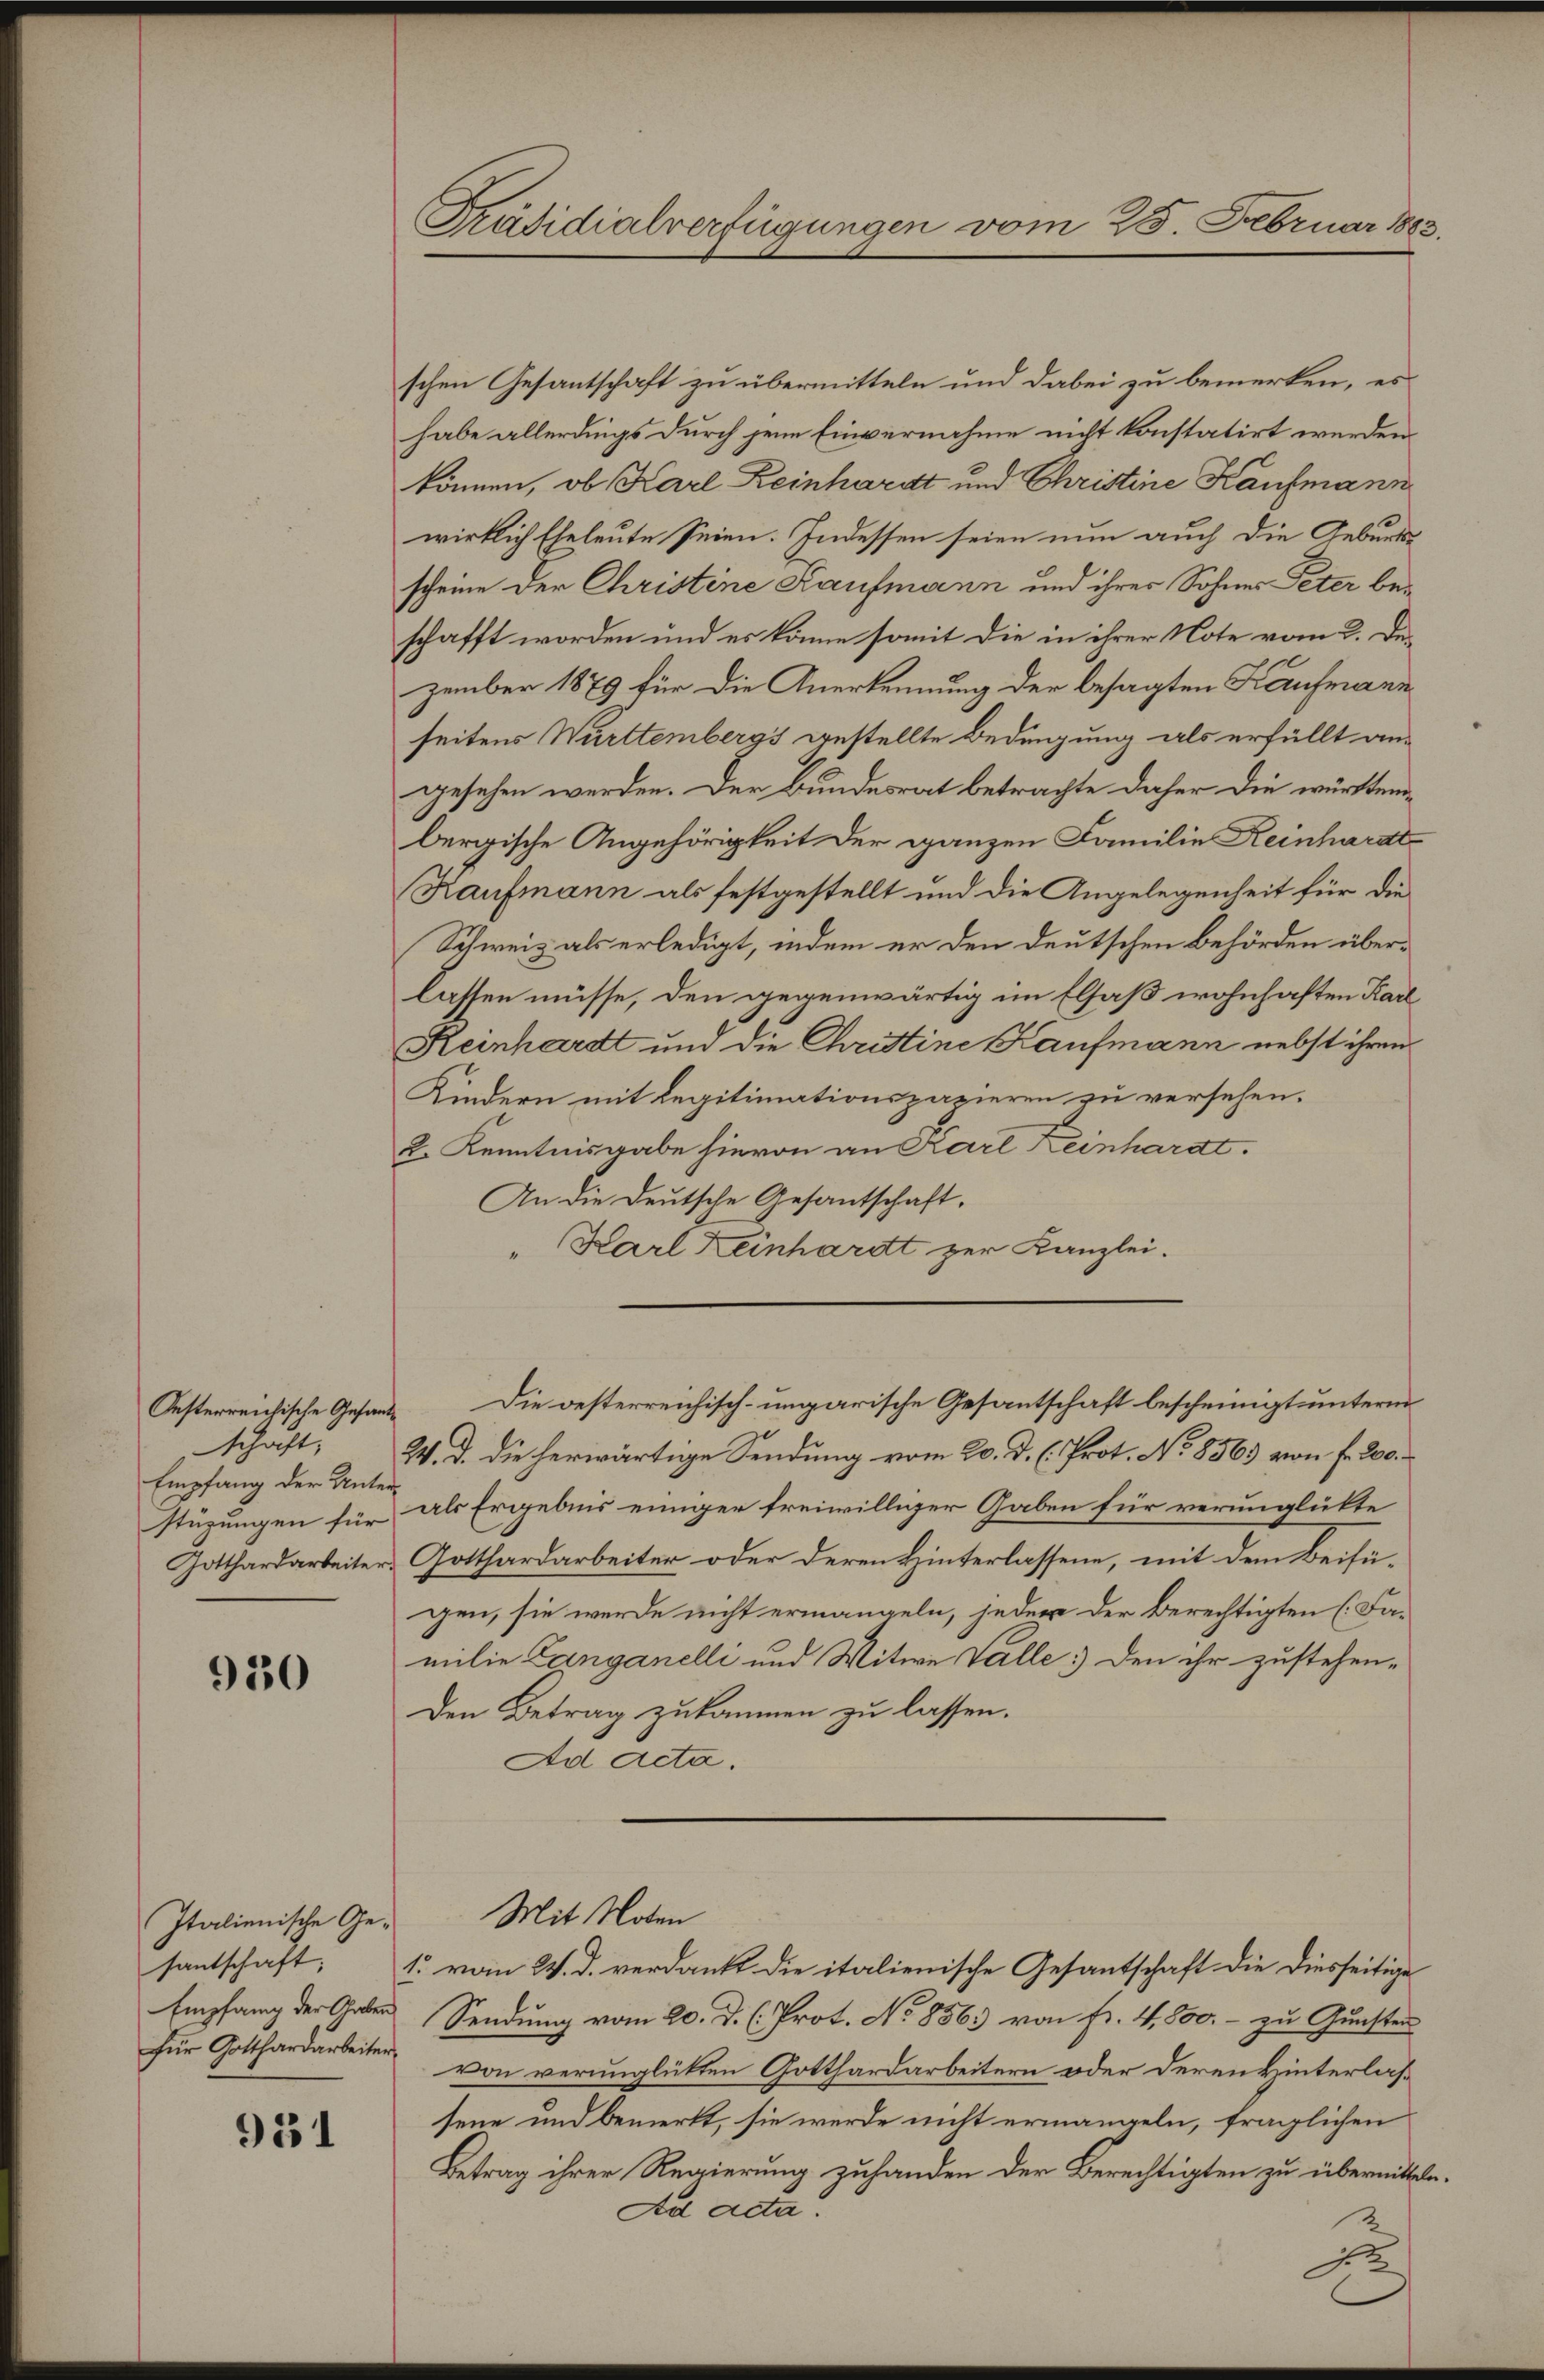
schaft,
Empfang der Unter¬
Gotthardarbeiter.

930

Italienische Ge¬
Empfang der Gaben

931

Präsidialverfügungen vom 25. Februar 1883.

schen Gesantschaft zu übermitteln und dabei zu bemerken, es
habe allerdings durch jene Einvernahme nicht konstatirt werden.
können, ob Karl Reinhardt und Christine Kaufmann
wirklich Eheleute Seien. Indessen seien nun auch die Geburtsscheine der Christine Kaufmann und ihrer Sohnes Peter beschafft worden und es könne somit die in ihrer Note vom 2. Dezember 1879 für die Anerkennung der besagten Kaufmann
seitens Württembergs gestellte Bedingung als erfüllt angesehen werden. Der Bundesrat betrachte daher die württembergische Angehörigkeit der ganzen Familie Reinhardt
Kaufmann als festgestellt und die Angelegenheit für die
Schweiz als erledigt, indem er den deutschen Behörden überlassen müsse, den gegenwärtig im Elsaß wohnhaften Karl
Reinhardt und die Christine Kaufmann nebst ihren
Kindern mit Legitimationspapieren zu versehen.
2. Kenntnisgabe hievon an Karl Keinhardt.
An die Deutsche Gesantschaft.
" Karl Keinhardt zur Kanzlei.
Oesterreichische Gesand Die oesterreichisch-ungarische Gesantschaft bescheinigt unterm
2. d. die herwärtige Sendung vom 20. d. C. Prot. No 8563 von fr. 200.
stüzungen für als Ergebnis einiger freiwilliger Gaben für verunglükte
Gotthardarbeiter oder deren Hinterlassene, mit dem Beifügen, sie werde nicht ermangeln, jeder der Berechtigten (Familie Langanelli und Witwe Valle) den ihr zustehen¬
Den Betrag zukommen zu lassen.
Ad Acta.
Mit Noten
santschaft, 1 vom 2. d. verdankt die italienische Gesantschaft die diesseitige
Sendung vom 20. d. h. Prot. No 8563 von Fr. 4,800. - zu Gunster
für Gotthardarbeiter von verunglükten Gotthardarbeitern oder deren Hinterlassene und bemerkt, sie werde nicht ermangeln, fraglichen
Betrag ihrer Regierung zuhanden der Berechtigten zu übermittela¬
Ad ada.

e